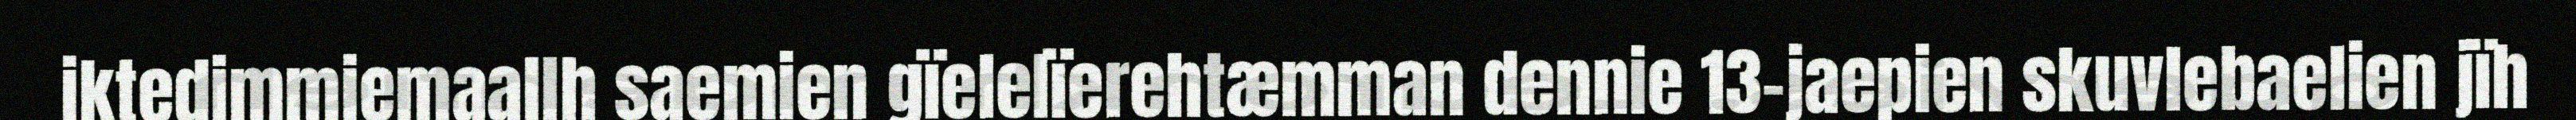
iktedimmiemaallh saemien gïelelïerehtæmman dennie 13-jaepien skuvlebaelien jïh